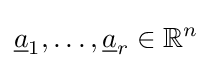
{\underline {a}}_{1},\ldots ,{\underline {a}}_{r}\in \mathbb {R} ^{n}